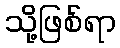
သို့ဖြစ်ရာ